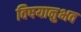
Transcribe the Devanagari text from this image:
विषयानुभव